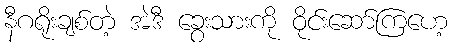
နီဂရိုးချစ်တဲ့ အဲဒီ ခွေးသားကို ဝိုင်းဆော်ကြဟေ့